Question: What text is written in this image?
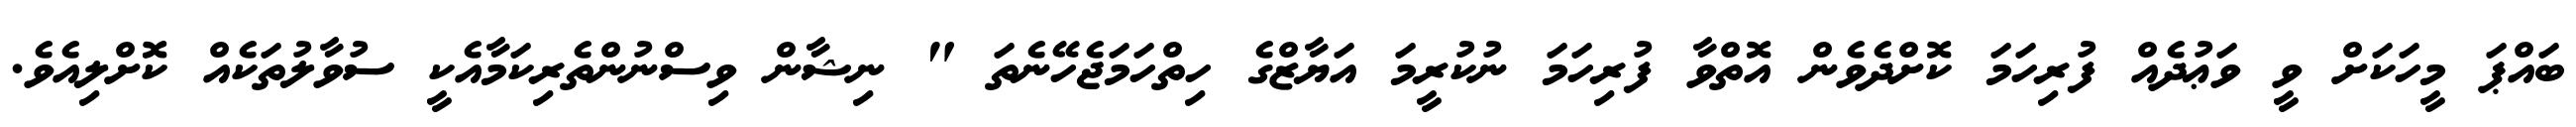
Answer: ބައްޕަ މީހަކަށް ވީ ވަޢުދެއް ފުރިހަމަ ކޮށްދެވެން އޮތްވާ ފުރިހަމަ ނުކުރީމަ އަޔާޒްގެ ހިތްހަމަޖެހޭނެތަ " ނިޝާން ވިސްނުންތެރިކަމާއެކީ ސުވާލުތަކެއް ކޮށްލިއެވެ.